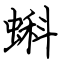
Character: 蝌